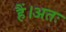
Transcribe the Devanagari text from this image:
हैं।अतः